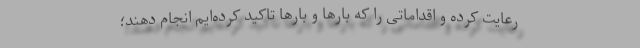
رعایت کرده و اقداماتی را که بارها و بارها تاکید کرده‌ایم انجام دهند؛